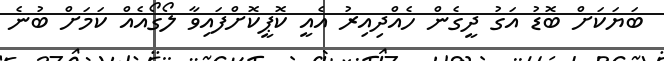
ބަޔަކަށް ބޮޑު އަގު ދީގެން ހެއްދިއިރު އެއީ ކޮޕީކޮށްފައިވާ ލޯގޯއެއް ކަމަށް ބުނެ